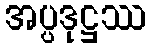
အပ္ပဒုဋ္ဌဿ